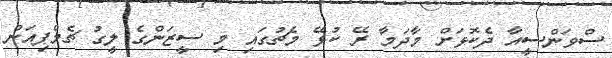
ސްވަންސީއާ ދެކޮޅަށް މާދަމާ ރޭ ކުޅޭ މެޗުގައި މި ސީޒަންގެ ލީގު ޗެމްޕިއަން